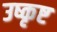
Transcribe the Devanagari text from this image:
उष्कृष्ट